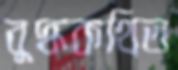
বুদ্ধকথিত